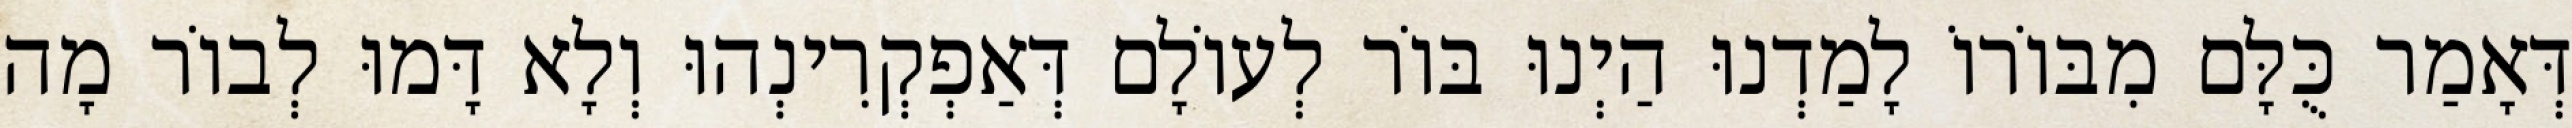
דְּאָמַר כֻּלָּם מִבּוֹרוֹ לָמַדְנוּ הַיְנוּ בּוֹר לְעוֹלָם דְּאַפְקְרִינְהוּ וְלָא דָּמוּ לְבוֹר מָה